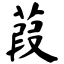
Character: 葭